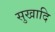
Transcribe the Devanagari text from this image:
सुखादि